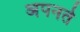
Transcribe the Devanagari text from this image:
अपनते